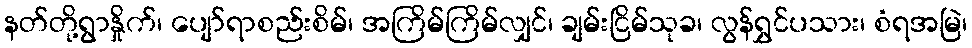
နတ်တို့ရွာနှိုက်၊ ပျော်ရာစည်းစိမ်၊ အကြိမ်ကြိမ်လျှင်၊ ချမ်းငြိမ်သုခ၊ လွန်ရွှင်ပသား၊ စံရအမြဲ၊